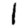
Digit: 1